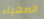
الصهباء